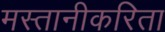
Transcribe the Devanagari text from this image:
मस्तानीकरिता